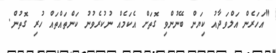
"އަހަރެން އަލްވަދާއު ކިޔަން ބޭނުންވި ގޮތަށް އެކަމެއް ނުކުރެވުނު ކަންތައްތައް ހުރި ގޮތުން.